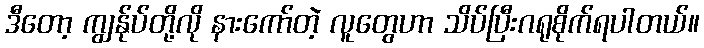
ဒီတော့ ကျွန်ုပ်တို့လို နားကော်တဲ့ လူတွေဟာ သိပ်ပြီးဂရုစိုက်ရပါတယ်။